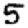
Digit: 5